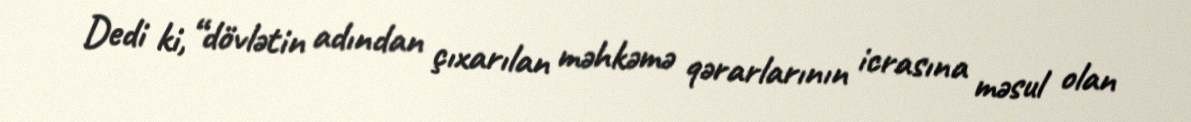
Dedi ki, “dövlətin adından çıxarılan məhkəmə qərarlarının icrasına məsul olan